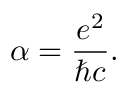
\alpha = { \frac { e ^ { 2 } } { \hbar c } } .